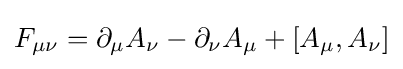
F_{\mu \nu }=\partial _{\mu }A_{\nu }-\partial _{\nu }A_{\mu }+[A_{\mu },A_{\nu }]